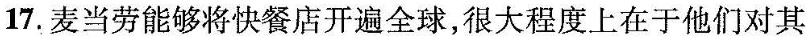
17.麦当劳能够将快餐店开遍全球，很大程度上在于他们对其